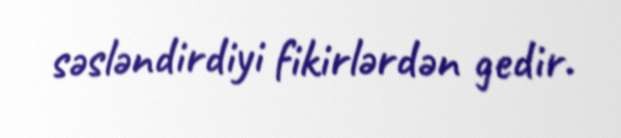
səsləndirdiyi fikirlərdən gedir.